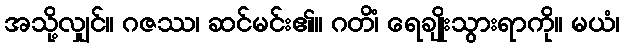
အသို့လျှင်။ ဂဇဿ၊ ဆင်မင်း၏။ ဂတိံ၊ ရေချိုးသွားရာကို။ မယံ၊